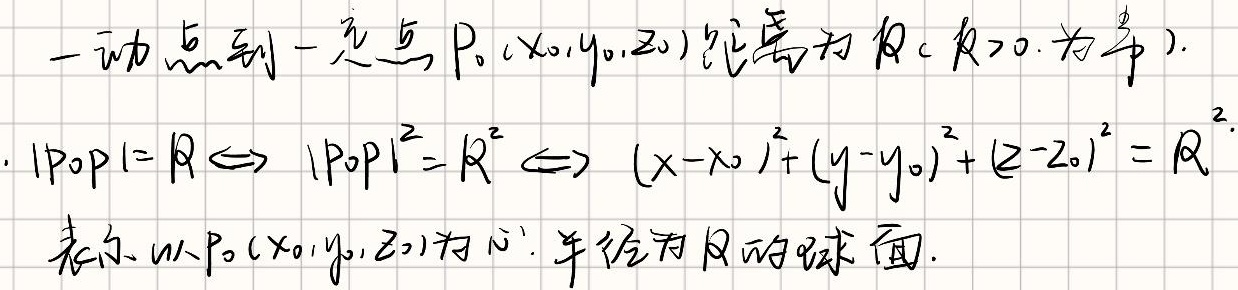
一动点到一定点$P_0(x_0,y_0,z_0)$距离为$R(R > 0$为半).
\[
|P_0P| = R \Leftrightarrow |P_0P|^{2}=R^{2} \Leftrightarrow (x - x_0)^{2}+(y - y_0)^{2}+(z - z_0)^{2}=R^{2}
\]
表示以$P_0(x_0,y_0,z_0)$为心，半径为$R$的球面.